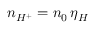
n _ { H ^ { + } } = n _ { 0 } \, \eta _ { H }